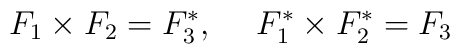
F_1 \times F_2 = F^{*}_3, \hspace{15pt}  F^{*}_1 \times F^{*}_2 =F_3